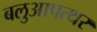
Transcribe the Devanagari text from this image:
बलुआपत्थर